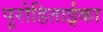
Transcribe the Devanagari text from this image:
पुरोहिताईका